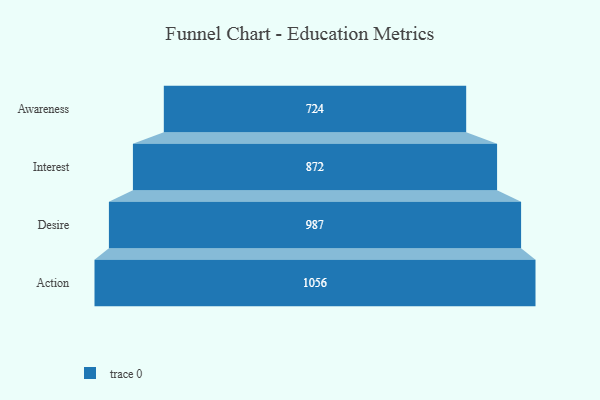
{"axis": {"x": "Stage", "y": "Value"}, "legend": [""], "data": [{"x": "Awareness", "y": 724.0, "type": ""}, {"x": "Interest", "y": 872.0, "type": ""}, {"x": "Desire", "y": 987.0, "type": ""}, {"x": "Action", "y": 1056.0, "type": ""}]}